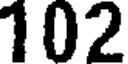
102